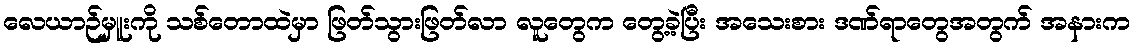
လေယာဉ်မှူးကို သစ်တောထဲမှာ ဖြတ်သွားဖြတ်လာ လူတွေက တွေ့ခဲ့ပြီး အသေးစား ဒဏ်ရာတွေအတွက် အနားက